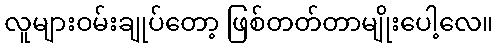
လူများဝမ်းချုပ်တော့ ဖြစ်တတ်တာမျိုးပေါ့လေ။